Trukikaitis_Postimees, lk 70
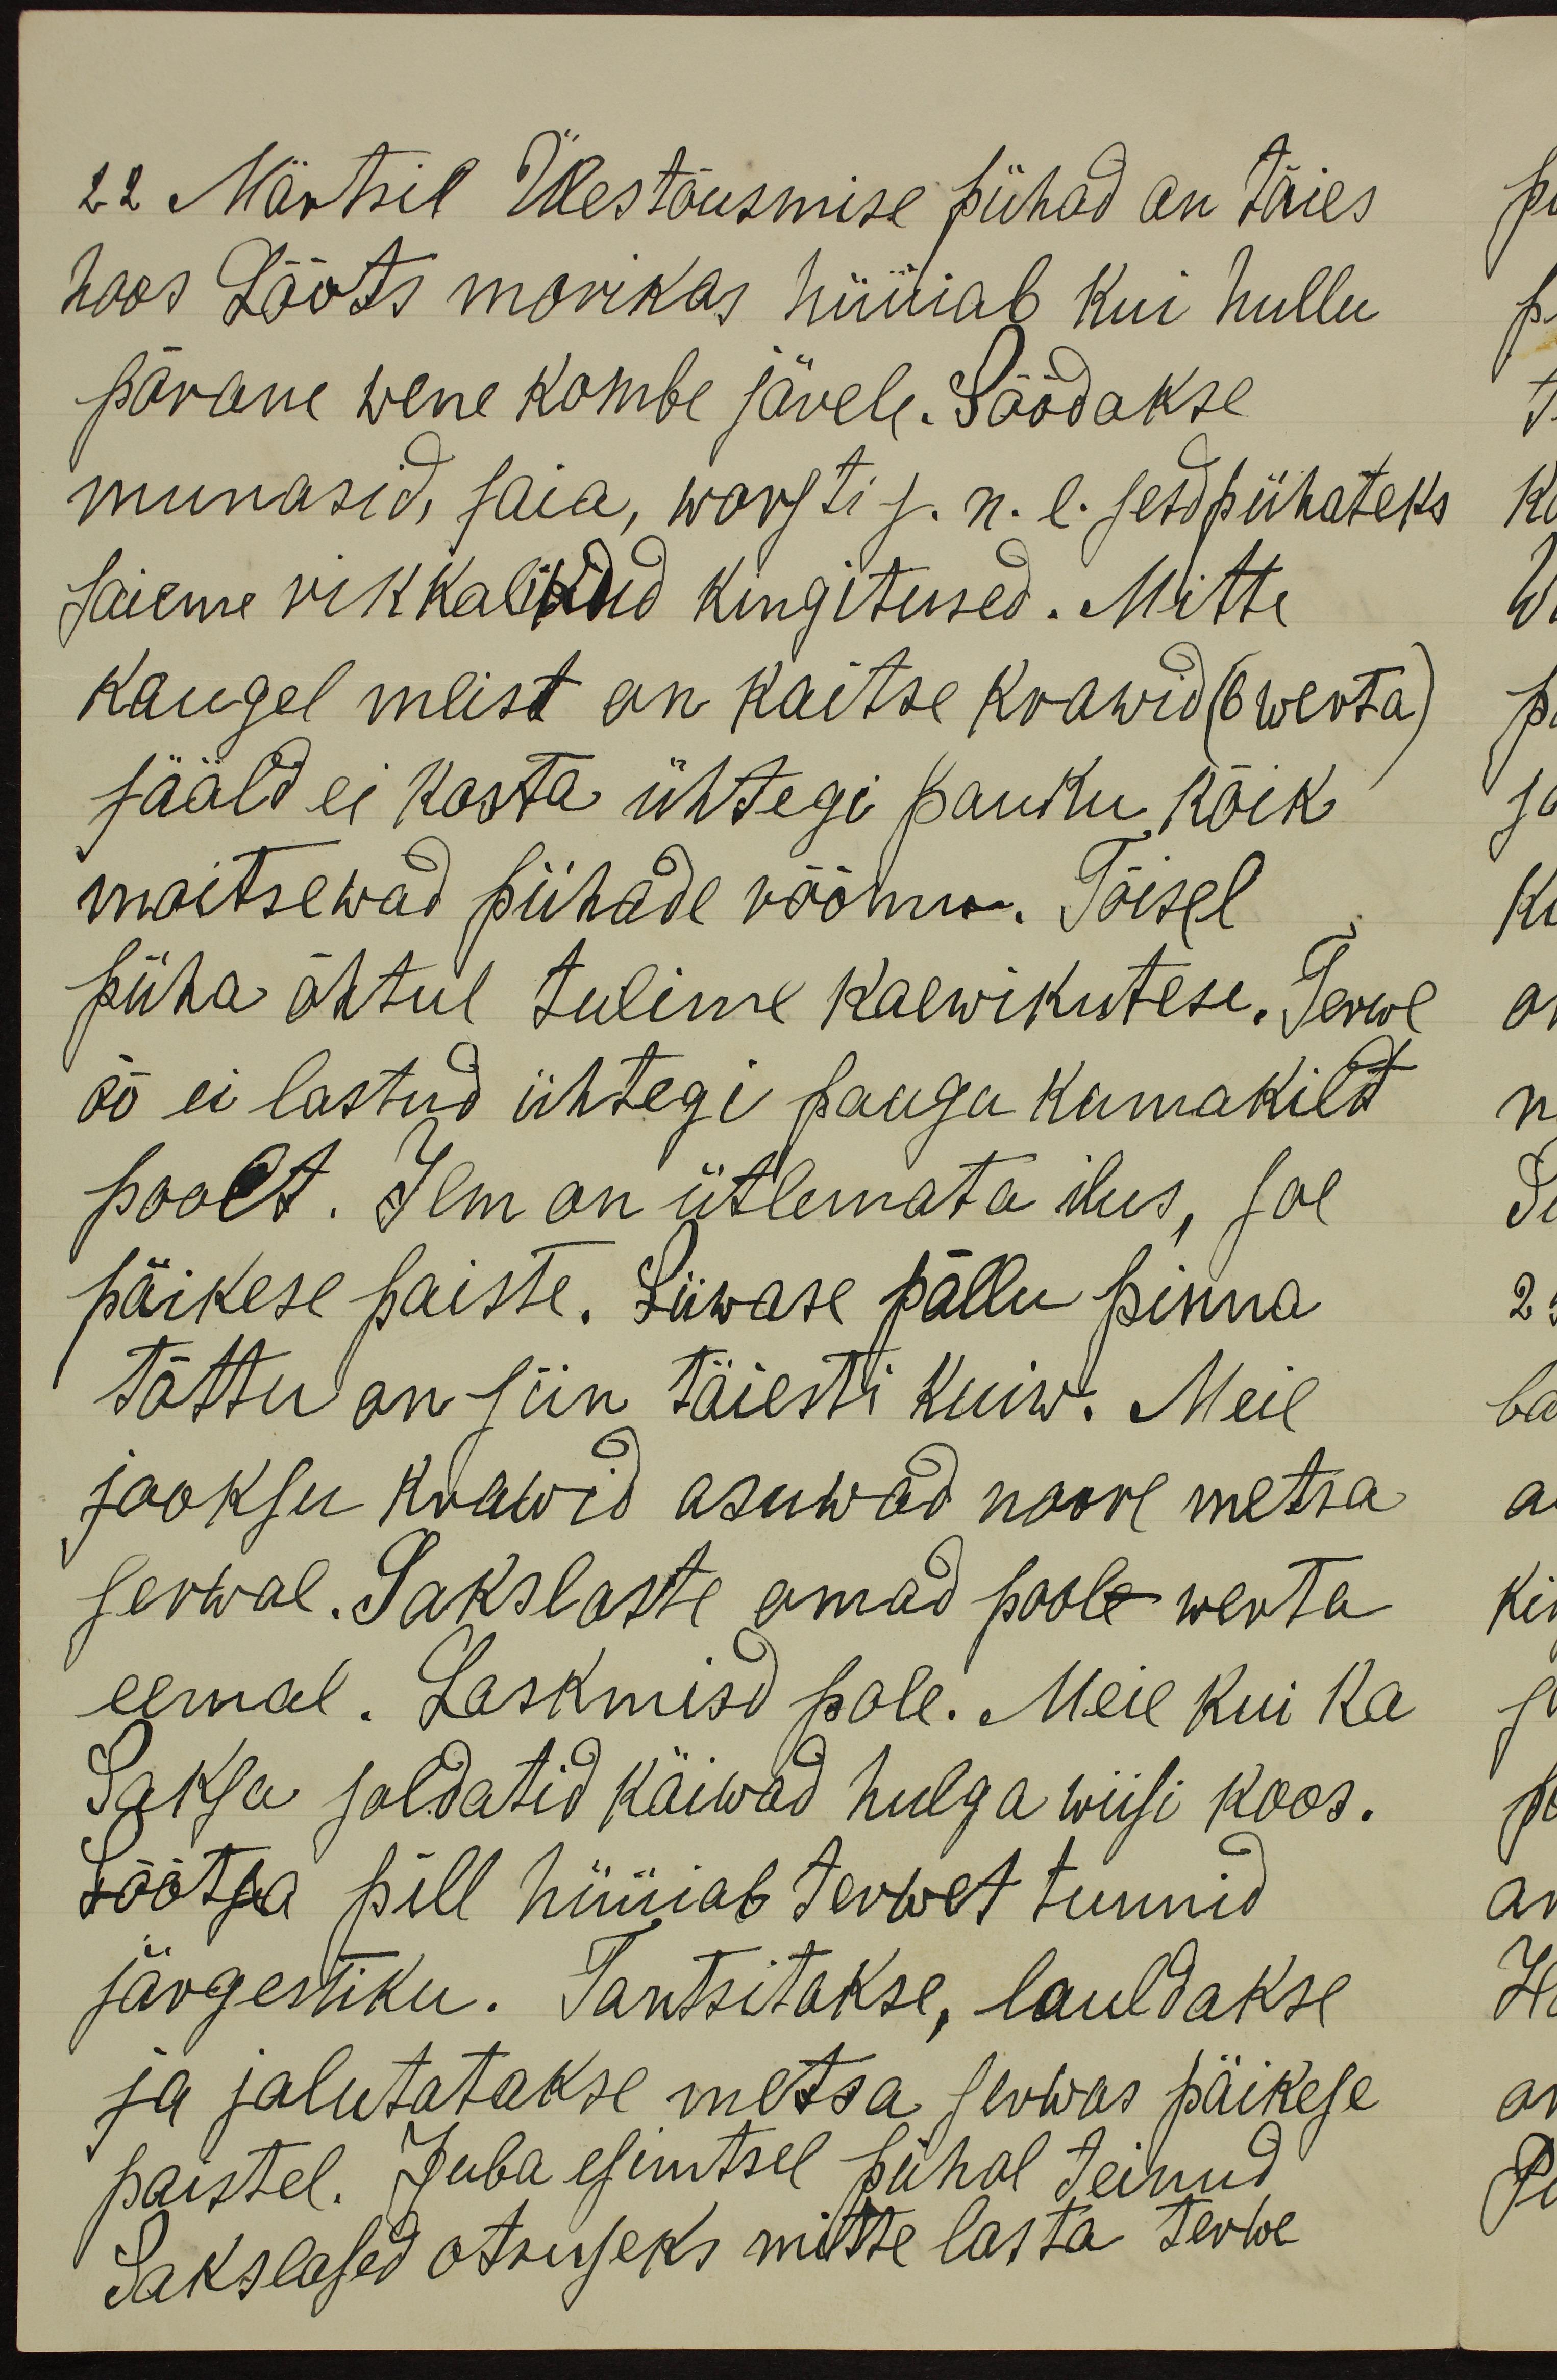
22 Märtsil Ülestõusmise pühad on täies
hoos Lõõts morikas hüüiab kui hullu
pärane wene kombe järele. Söödakse
munasid, saia, worsti j.n.e. sesd pühateks
saieme rikkalikud kingitused. Mitte
kaugel meist on kaitse krawid (6 werta)
sääld ei kosta ühtegi pauku kõik
maitsewad pühade rõõmu. Tõisel
püha õhtul tulime kaewikutese. Terwe
öö ei lastud ühtegi paugu kumakild
poolt. Ilm on ütlemata ilus, soe
päikese paiste. Liiwase põllu pinna
tõttu on siin täiesti kuiw. Meil
jooksu krawid asuwad noore metsa
serwal. Sakslaste omad poole werta
eemal. Laskmisd pole. Meie kui ka
Saksa soldatid käiwad hulga wiisi koos.
Lõõtsa pill hüüiab terwet tunnid
järgestiku. Tantsitakse, lauldakse
ja jalutatakse metsa serwas päikese
paistel. Juba esimtsel pühal teinud
Sakslased otsuseks mitte lasta terwe